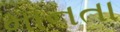
માનતા